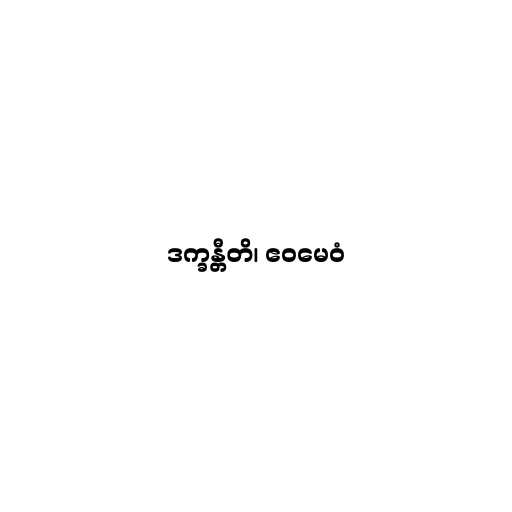
ဒက္ခန္တီတိ၊ ဧဝမေဝံ